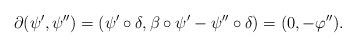
LaTeX: \begin{align*}\footnotesize\partial (\psi',\psi'')=(\psi' \circ \delta, \beta \circ \psi' - \psi '' \circ \delta )=(0, - \varphi ''). \end{align*}